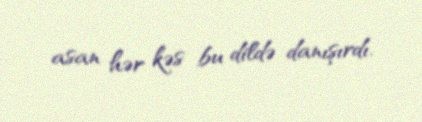
asan hər kəs bu dildə danışırdı.